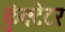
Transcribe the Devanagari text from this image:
कुंक्टेटर